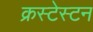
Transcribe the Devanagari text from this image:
क्रस्टेस्टन